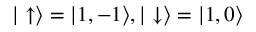
| \uparrow \rangle = | 1 , - 1 \rangle , | \downarrow \rangle = | 1 , 0 \rangle